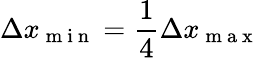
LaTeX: \Delta x_{\mathrm{~m~i~n~}}=\frac 14\Delta x_{\mathrm{~m~a~x~}}